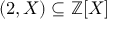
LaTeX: ( 2 , X ) \subseteq \mathbb { Z } [ X ]